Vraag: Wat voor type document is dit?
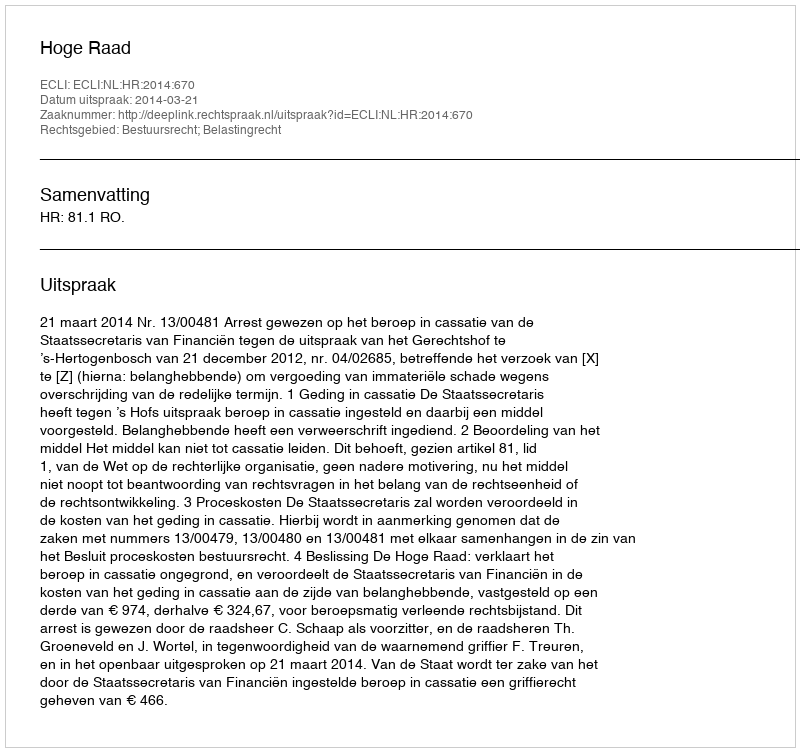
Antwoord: Uitspraak